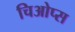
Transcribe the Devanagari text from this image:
चिओप्स